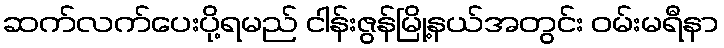
ဆက်လက်ပေးပို့ရမည် ငါန်းဇွန်မြို့နယ်အတွင်း ဝမ်းမရီနာ